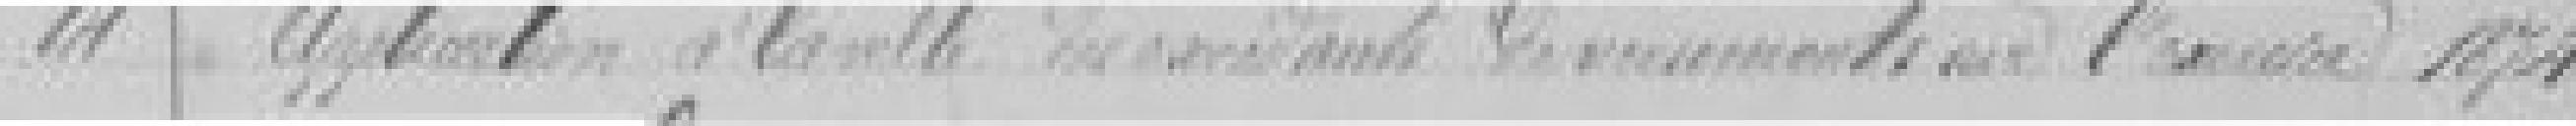
14. Application  à la ville  des excédants de ? de l'exercice 1874